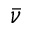
\bar { \nu }